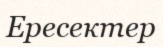
Ересектер